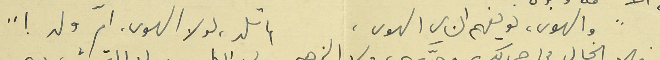
والهوى، لو يفهم الناي الهوى،                    لم تلد، لولا الهوى،  امّ ولد !"